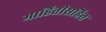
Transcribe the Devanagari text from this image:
माहितीसहित